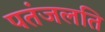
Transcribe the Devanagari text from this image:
पतंजलति